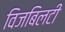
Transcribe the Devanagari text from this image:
विजबिलटी